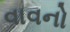
વાવનો